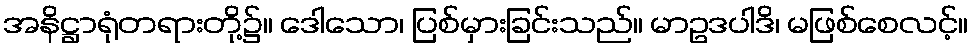
အနိဋ္ဌာရုံတရားတို့၌။ ဒေါသော၊ ပြစ်မှားခြင်းသည်။ မာဥဒပါဒိ၊ မဖြစ်စေလင့်။